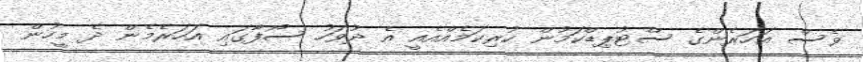
ވެސް އަހަރެންގެ ސްޓުޕިޑްކަމުން ކުރިކަމެއްއެއީ އެ ދުވަހު ސޯފާގައި އަހަރެމެން ދެ މީހުން